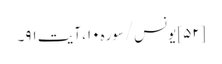
[۵۲] یونس/سوره۱۰، آیت ۹۱۔